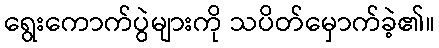
ရွေးကောက်ပွဲများကို သပိတ်မှောက်ခဲ့၏။